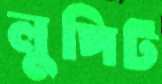
লুপিট